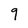
Character: 9